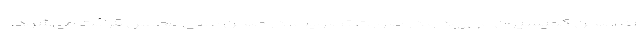
به صحن کمیسیون می‌رود و در صورت تصویب، در صحن علنی مجلس قرائت می‌شود.